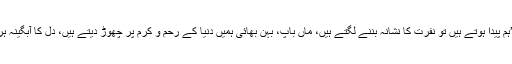
گوگی نے کہا ’’ہم پیدا ہوتے ہیں تو نفرت کا نشانہ بننے لگتے ہیں، ماں باپ، بہن بھائی ہمیں دنیا کے رحم و کرم پر چھوڑ دیتے ہیں، دل کا آبگینہ ہر روز ٹوٹتا ہے۔